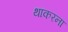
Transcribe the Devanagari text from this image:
थाकरना